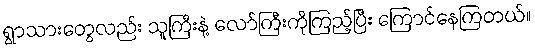
ရွာသားတွေလည်း သူကြီးနဲ့ လော်ကြီးကိုကြည့်ပြီး ကြောင်နေကြတယ်။